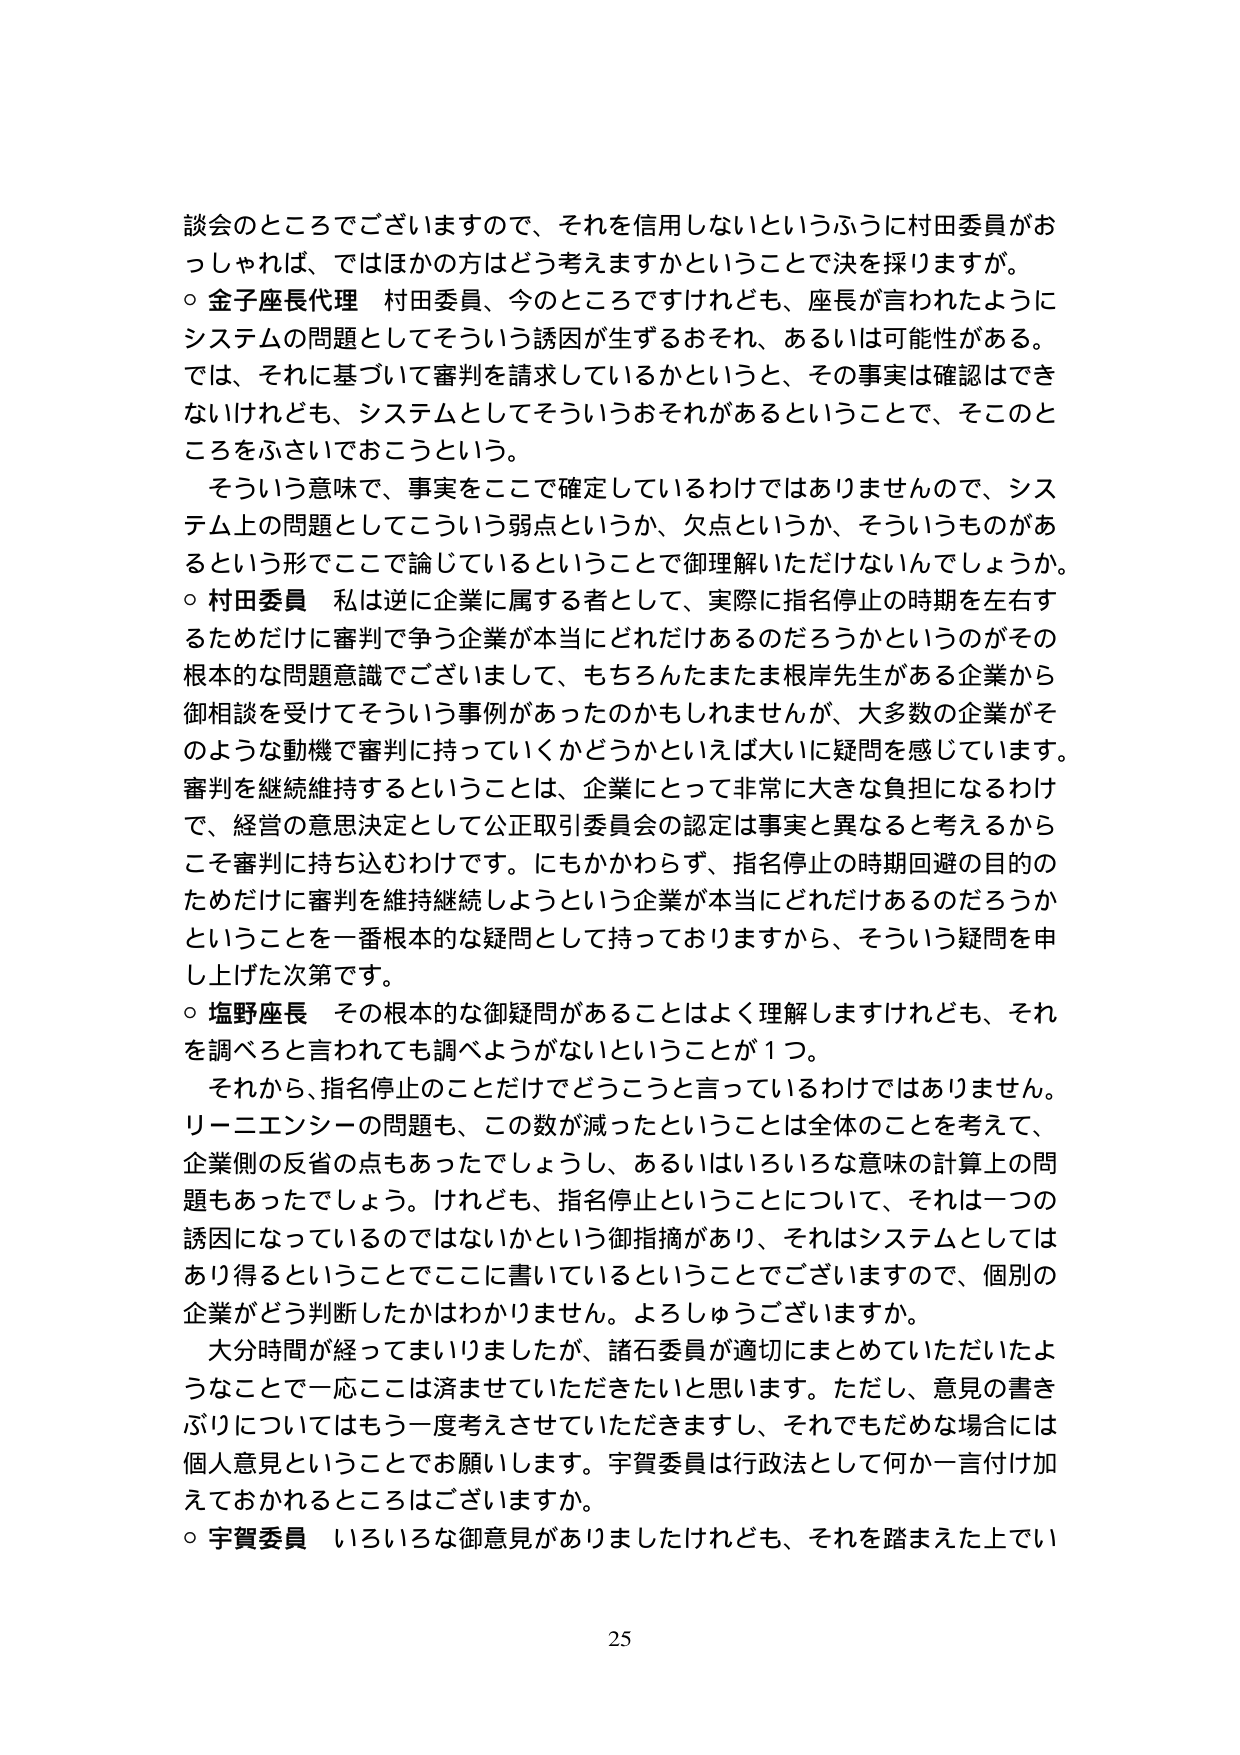
談会のところでございますので、それを信用しないというふうに村田委員がおっしゃれば、ではほかの方はどう考えますかということで決を採りますが。
○ 金子座長代理 村田委員、今のところですけれども、座長が言われたようにシステムの問題としてそういう誘因が生ずるおそれ、あるいは可能性がある。では、それに基づいて審判を請求しているかというと、その事実は確認はできないけれども、システムとしてそういうおそれがあるということで、そこのところをふさいでおこうという。
そういう意味で、事実をここで確定しているわけではありませんので、システム上の問題としてこういう弱点というか、欠点というか、そういうものがあるという形でここで論じているということで御理解いただけないんでしょうか。
○ 村田委員 私は逆に企業に属する者として、実際に指名停止の時期を左右するためだけに審判で争う企業が本当にどれだけあるのだろうかというのがその根本的な問題意識でございまして、もちろんたまたま根岸先生がある企業から御面談を受けてそういう事例があったのかもしれませんが、大多数の企業がそのような動機で審判に持っていくかどうかといえば大いに疑問を感じています。審判を継続維持するということは、企業にとって非常に大きな負担になるわけで、経営の意思決定として公正取引委員会の認定は事実と異なると考えるからこそ審判に持ち込むわけです。にもかかわらず、指名停止の時期回避の目的のためだけに審判を維持継続しようという企業が本当にどれだけあるのだろうかということを一番根本的な疑問として持っておりますから、そういう疑問を申し上げた次第です。
○ 塩野座長 その根本的な御疑問があることはよく理解しますけれども、それを調べると言われても調べようがないということが1つ。
それから、指名停止のことだけでどうこうと言っているわけではありません。リーニエンシーの問題も、この数が減ったということは全体のことを考えて、企業側の反省の点もあったでしょうし、あるいはいろいろな意味の計算上の問題もあったでしょう。けれども、指名停止ということについて、それは一つの誘因になっているのではないかという御指摘があり、それはシステムとしてはあり得るということでここに書いているということでございますので、個別の企業がどう判断したかはわかりません。よろしうございますか。
大分時間が経ってまいりましたが、諸石委員が適切にまとめていただいたようなことで一応ここは済ませていただきたいと思います。ただし、意見の書きぶりについてはもう一度考えさせていただきますし、それでもだめな場合には個人意見ということでお願いします。宇賀委員は行政法として何か一言付け加えておられるところはございますか。
○ 宇賀委員 いろいろな御意見がありましたけれども、それを踏まえた上でい

25